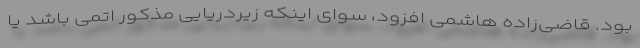
بود. قاضی‌زاده هاشمی افزود، سوای اینکه زیردریایی مذکور اتمی باشد یا